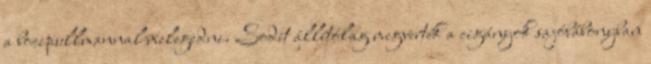
a bocipullmannal melegedni. Sodit állítólag megverték a cigányok sajóbábonyban